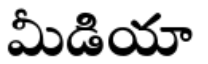
మీడియా